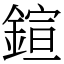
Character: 鍹